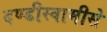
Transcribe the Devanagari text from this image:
दण्डीस्वामीसे